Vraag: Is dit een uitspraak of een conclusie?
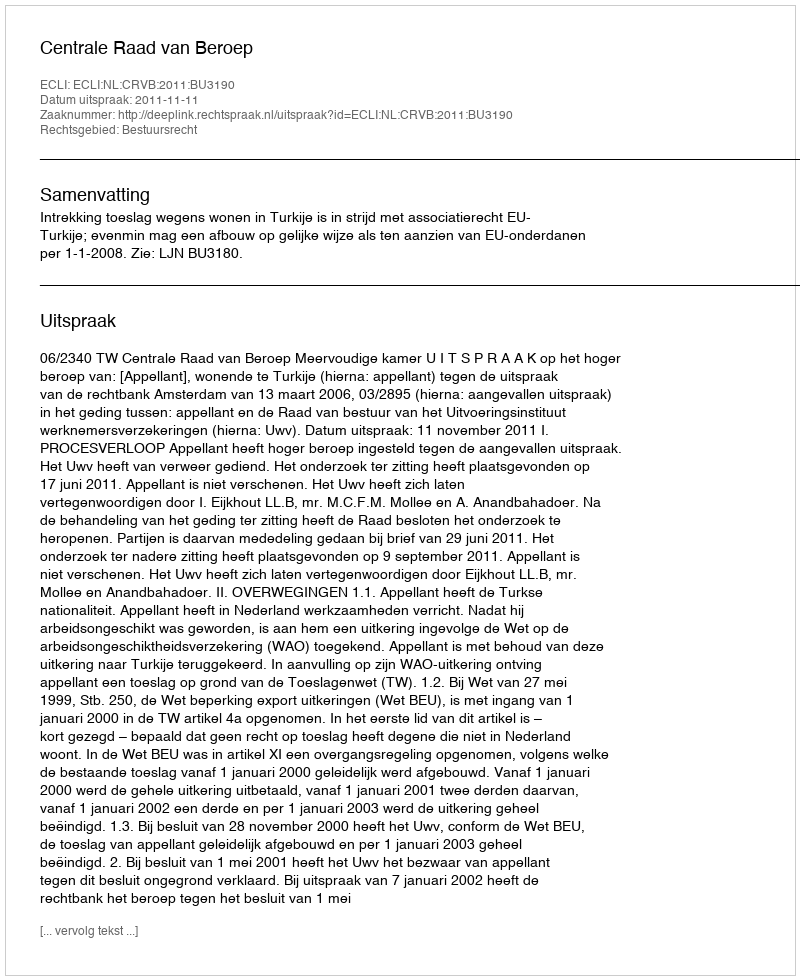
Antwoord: Uitspraak